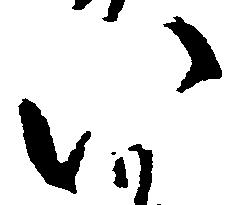
い